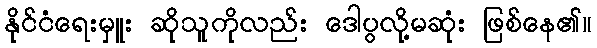
နိုင်ငံရေးမှူး ဆိုသူကိုလည်း ဒေါပွလို့မဆုံး ဖြစ်နေ၏။